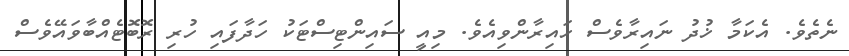
ނެތެވެ. އެކަމާ ޚުދު ނައިރާވެސް ހައިރާންވިއެވެ. މިއީ ސައިންޓިސްޓަކު ހަދާފައި ހުރި ރޮބޮޓެއްބާވައޭވެސް